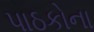
પાઠકોના